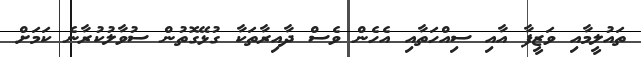
ތައުލީމާއި ވަޒީފާ އާއި ސިއްހަތާއި އެހެން ވެސް ދާއިރާތަކާ ގުޅޭގޮތުން ސުވާލުކުރާނެ ކަމަށް